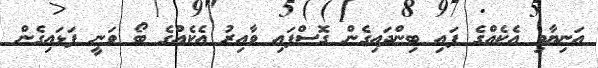
އަނިޔާވި އެކެއްގެ ފައި ބިންދައިގެން ގޮސްފައި ވާއިރު އެކެއްގެ ބޯ ވަނީ ފަޅައިގެން